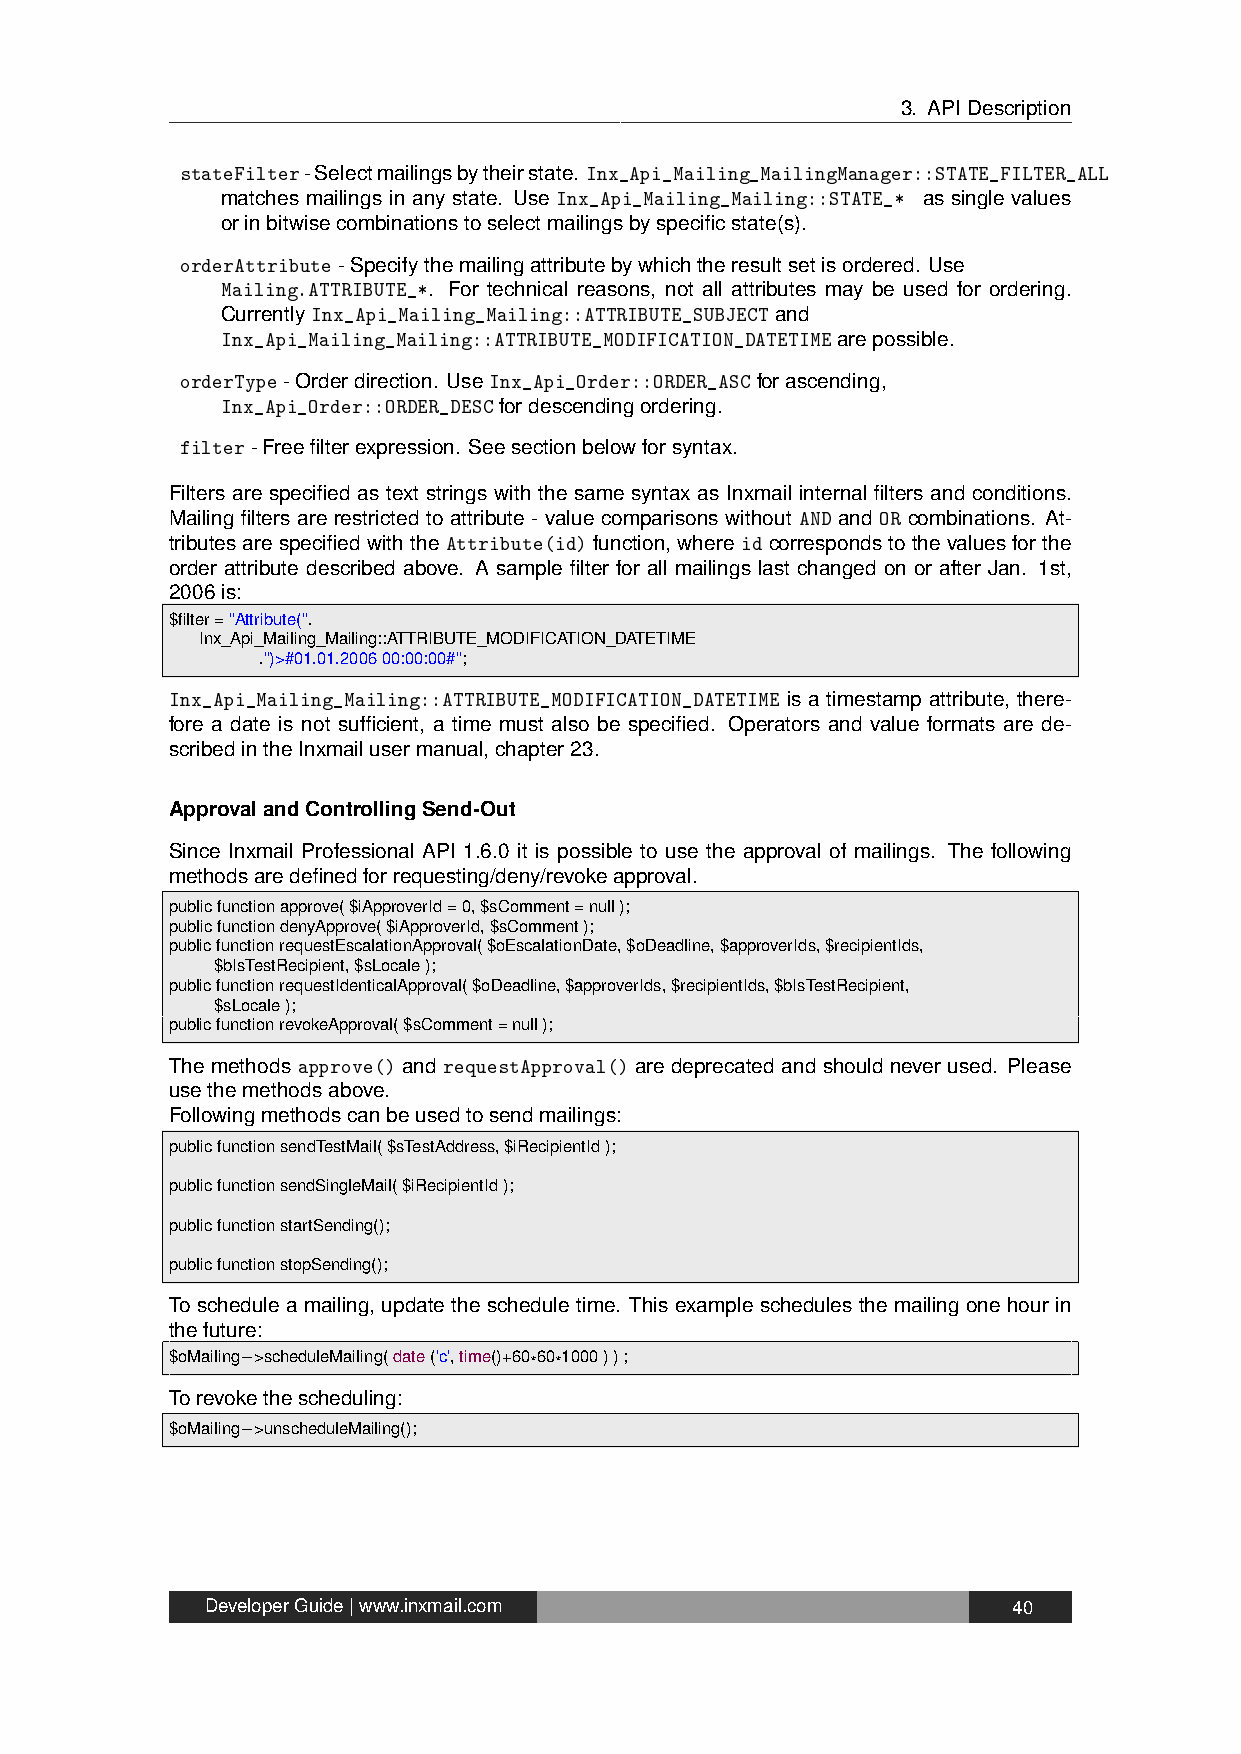
3. APIDescription
 stateFilter-Selectmailingsbytheirstate. Inx_Api_Mailing_MailingManager::STATE_FILTER_ALL
 matches mailings in any state. Use Inx_Api_Mailing_Mailing::STATE_* as single values
 orinbitwisecombinationstoselectmailingsbyspecificstate(s).
 orderAttribute-Specifythemailingattributebywhichtheresultsetisordered. Use
 Mailing.ATTRIBUTE_*. For technical reasons, not all attributes may be used for ordering.
 CurrentlyInx_Api_Mailing_Mailing::ATTRIBUTE_SUBJECTand
 Inx_Api_Mailing_Mailing::ATTRIBUTE_MODIFICATION_DATETIMEarepossible.
 orderType-Orderdirection. UseInx_Api_Order::ORDER_ASCforascending,
 Inx_Api_Order::ORDER_DESCfordescendingordering.
 filter-Freefilterexpression. Seesectionbelowforsyntax.
 Filters are specified as text strings with the same syntax as Inxmail internal filters and conditions.
 Mailing filters are restricted to attribute - value comparisons without AND and OR combinations. At-
 tributesarespecifiedwiththeAttribute(id)function,whereidcorrespondstothevaluesforthe
 order attribute described above. A sample filter for all mailings last changed on or after Jan. 1st,
 2006is:
 $filter="Attribute(".
 Inx_Api_Mailing_Mailing::ATTRIBUTE_MODIFICATION_DATETIME
 .")>#01.01.200600:00:00#";
 Inx_Api_Mailing_Mailing::ATTRIBUTE_MODIFICATION_DATETIME is a timestamp attribute, there-
 fore a date is not sufficient, a time must also be specified. Operators and value formats are de-
 scribedintheInxmailusermanual,chapter23.
 ApprovalandControllingSend-Out
 Since Inxmail Professional API 1.6.0 it is possible to use the approval of mailings. The following
 methodsaredefinedforrequesting/deny/revokeapproval.
 publicfunctionapprove($iApproverId=0,$sComment=null);
 publicfunctiondenyApprove($iApproverId,$sComment);
 publicfunctionrequestEscalationApproval($oEscalationDate,$oDeadline,$approverIds,$recipientIds,
 $bIsTestRecipient,$sLocale);
 publicfunctionrequestIdenticalApproval($oDeadline,$approverIds,$recipientIds,$bIsTestRecipient,
 $sLocale);
 publicfunctionrevokeApproval($sComment=null);
 The methods approve() and requestApproval() are deprecated and should never used. Please
 usethemethodsabove.
 Followingmethodscanbeusedtosendmailings:
 publicfunctionsendTestMail($sTestAddress,$iRecipientId);
 publicfunctionsendSingleMail($iRecipientId);
 publicfunctionstartSending();
 publicfunctionstopSending();
 To schedule a mailing, update the schedule time. This example schedules the mailing one hour in
 thefuture:
 $oMailing−>scheduleMailing(date('c',time()+60*60*1000));
 Torevokethescheduling:
 $oMailing−>unscheduleMailing();
 DeveloperGuide|www.inxmail.com                       40